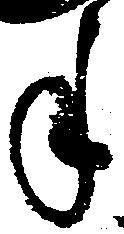
手